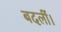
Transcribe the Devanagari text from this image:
बदलीं।